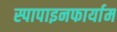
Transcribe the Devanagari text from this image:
स्पापाइनफार्याम